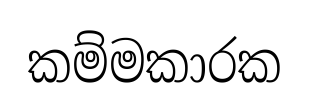
කම්මකාරක